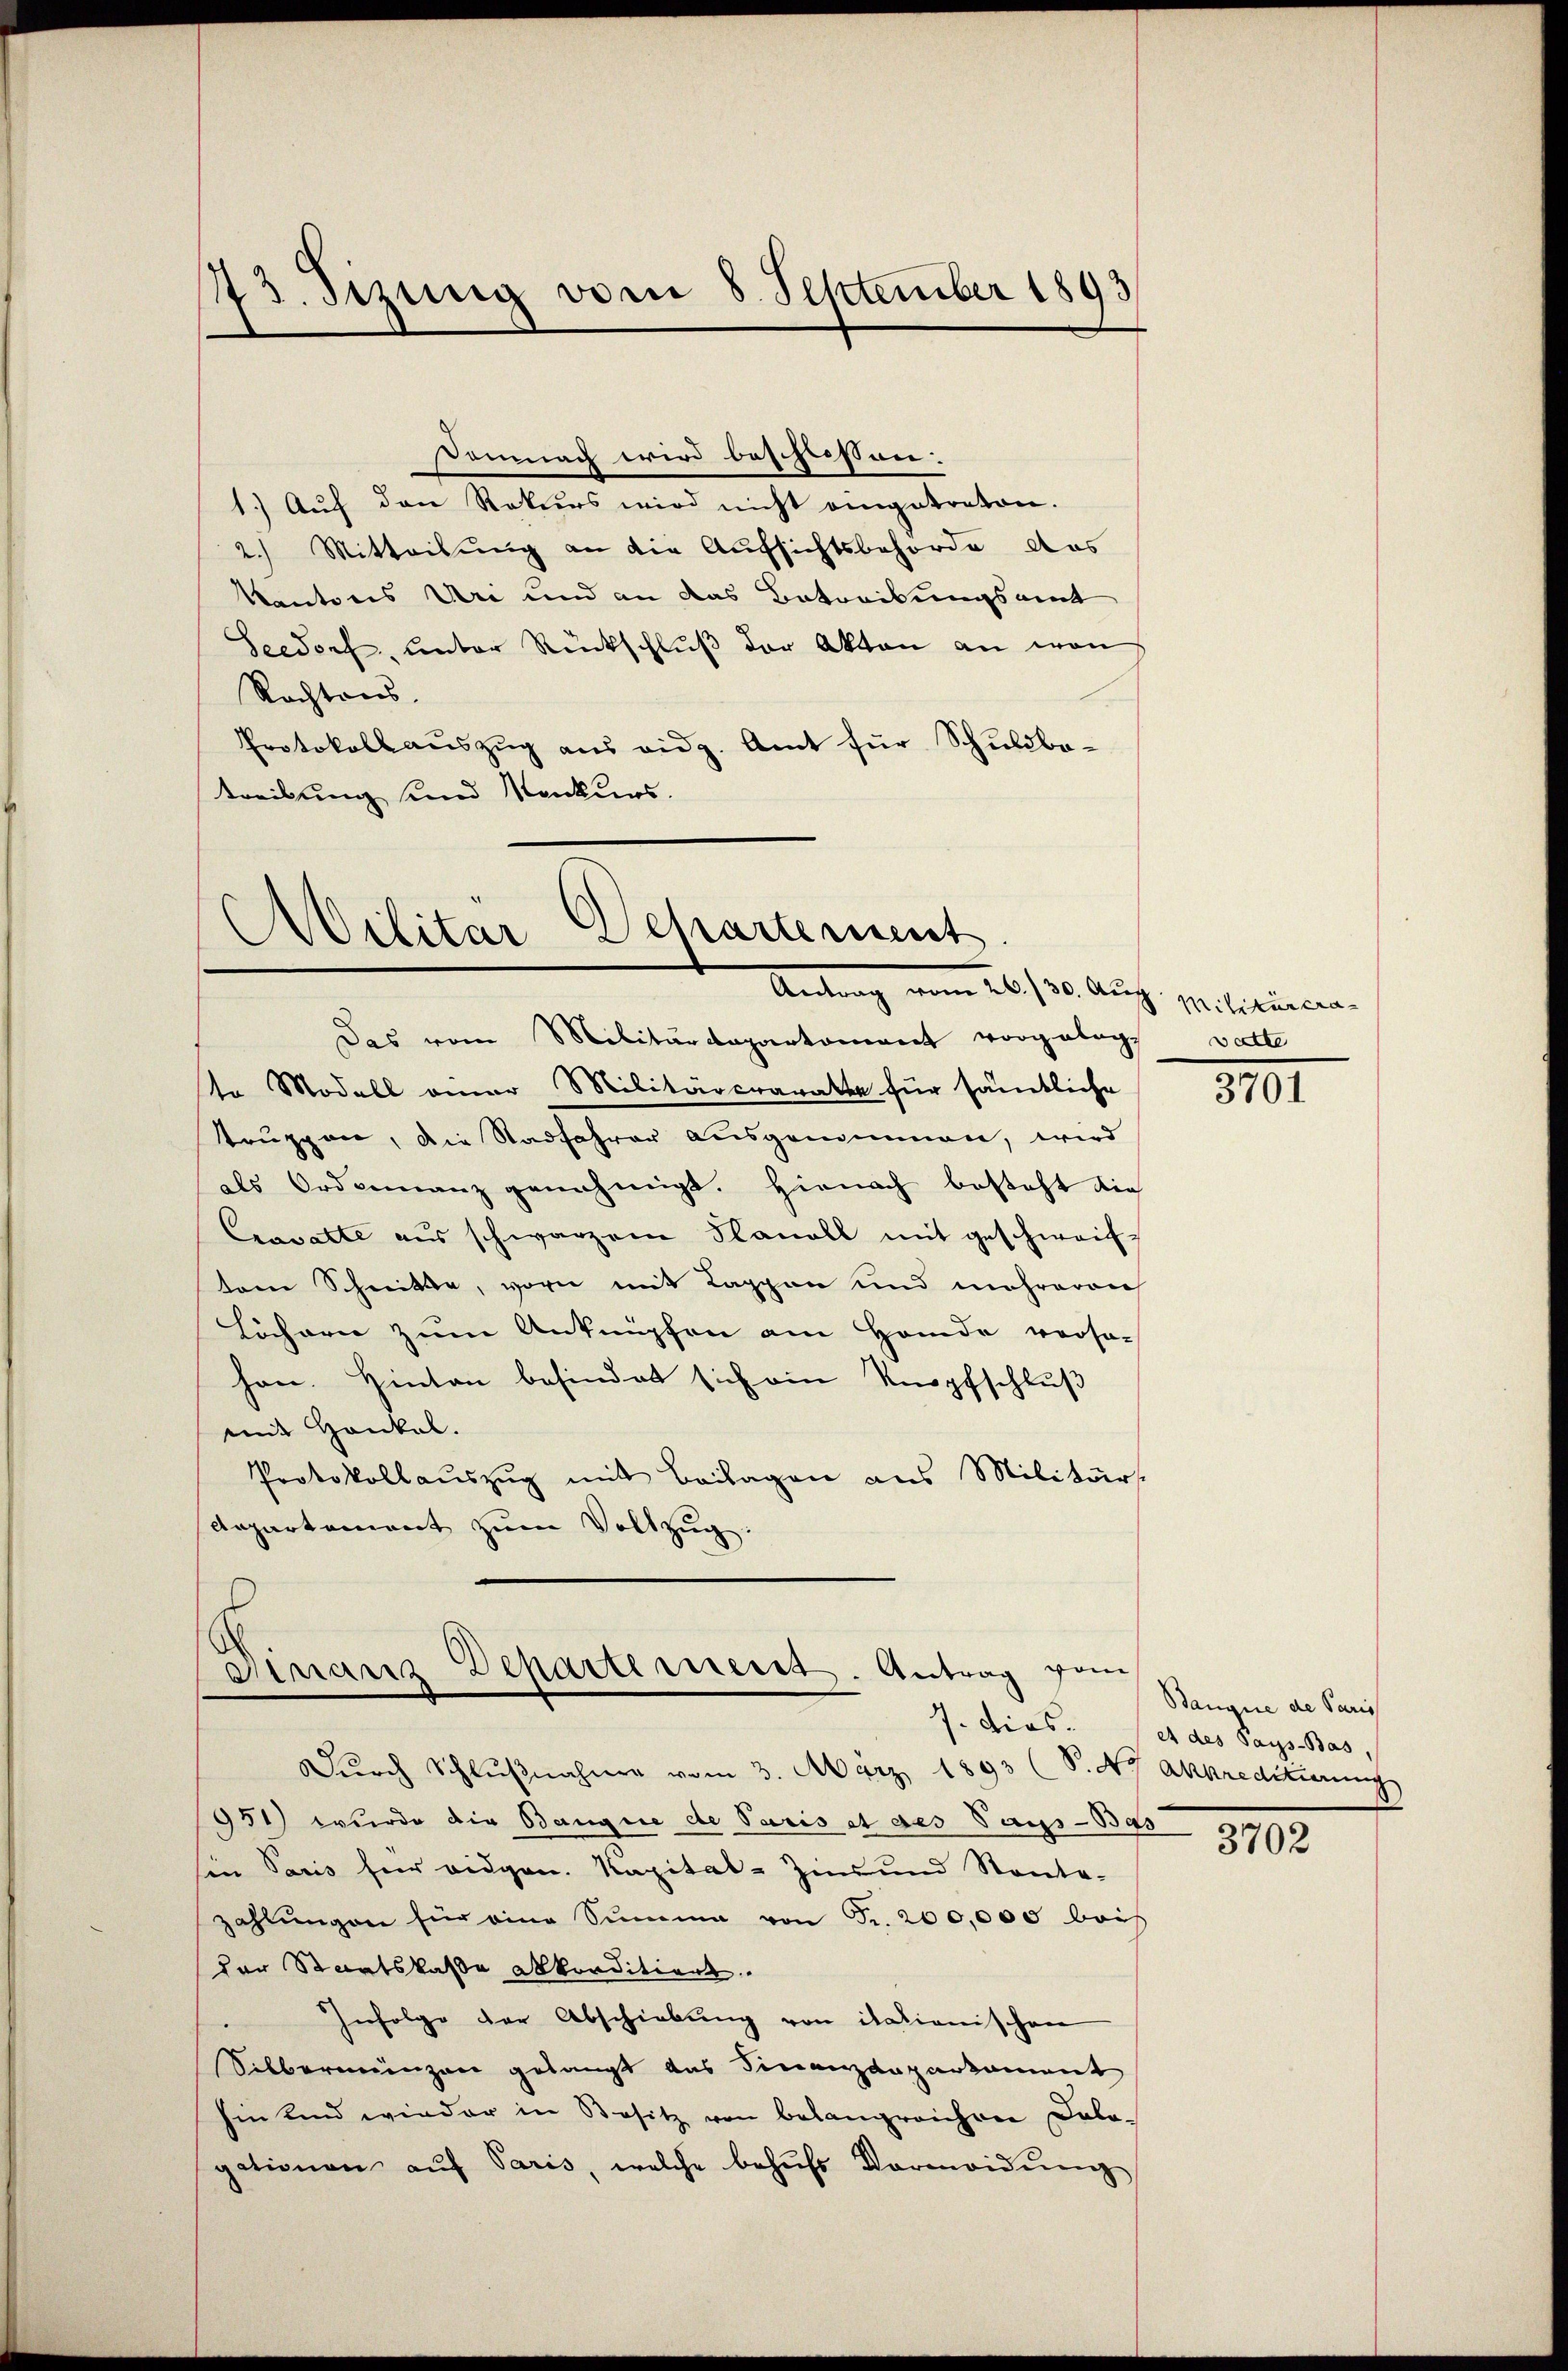
Demnach wird beschliessen.
1.) Auf den Rekurs wird nicht eingetreten.
2.) Mitteilung an die Aufsichtsbehörde das
Kantons Uri und an das Betreibungsamt
Seedorf unter Rückschlŭβ der Akten an von
Rechtens.
Protokollaŭszŭg aŭs eidg. Amt für Schuldba-
treibung und Konkurs.

43. stung vom 8. September 1893

Das vom Militärdepartement vorgelegt vatte
te Modell einer Militärcravatte für sämtliche
truppen, die Stadfahrer ausgenommen, wird
als Ordreinanz genehmigt. Hienach besteht die
Cravatte aus schwarzem Planell mit geschweiftem Schnitte, vorn mit Kappen und mehreren
Löchern zum Anknüpfen am Hande verso-
han. Hinten befindet sich ein Knopfschluß
mit Hankal.
Protokollaŭszŭg mit Beilagen aus Militärs.
departement zum Vollzug.

Departement
Militar
Antrag vom 26./10. Aug. politiren,

Finanz Departement. Antrag von
J. dies.

Dŭrch Schlŭβnahme vom 3. März 1893 (S. 47 Akkreditierung
951) wurde die Bangne de Paris et des Tags-Bas
Ein Satis für eidgen. Kapital-Zins und Kontre-
zahlŭngen für eine Summe von Fr. 200,000 beif
Der Staatskasse akkonditiert.
Infolge der Abschiebung von itationischen
Silbereinzen gelangt das Finanzdepartament
hinkind wieder in Besitz von belangreichen Dobo-
gationen aŭf Paris, welche behŭfs Vermeidŭng

3701

Banque de Paris
et des Paÿs-Bas,

3702